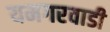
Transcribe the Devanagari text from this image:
यमगरवाडी